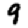
Digit: 9